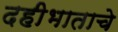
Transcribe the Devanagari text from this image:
दहीभाताचे